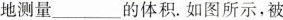
地测量___的体积.如图所示，被